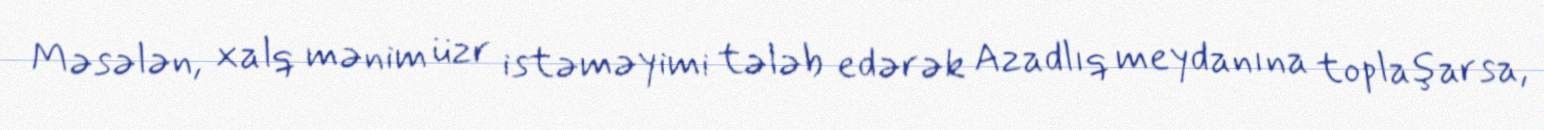
Məsələn, xalq mənim üzr istəməyimi tələb edərək Azadlıq meydanına toplaşarsa,